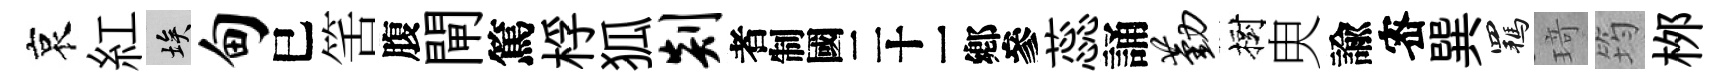
哀紅埃甸巳筈腹閘篤桴狐剡识蕊誦勤樹㬰諭宻巽羈𤦺筠桞